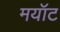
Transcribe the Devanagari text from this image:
मयॉट